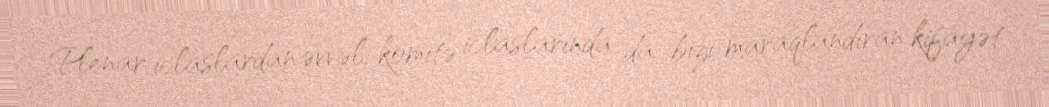
Plenar iclaslardan əvvəl, komitə iclaslarında da bizi maraqlandıran kifayət